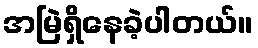
အမြဲရှိနေခဲ့ပါတယ်။